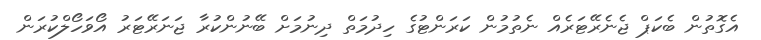
އެގޮތުން ބެކަޕް ޖެނެރޭޓަރެއް ނެތުމުން ކަރަންޓުގެ ހިދުމަތް ދިނުމަށް ބޭނުންކުރާ ޖަނަރޭޓަރު އޯވަހޯލްކުރަން